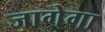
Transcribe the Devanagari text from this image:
जागेगा